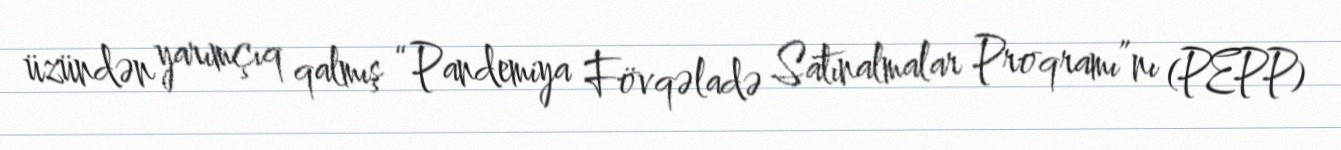
üzündən yarımçıq qalmış “Pandemiya Fövqəladə Satınalmalar Proqramı”nı (PEPP)